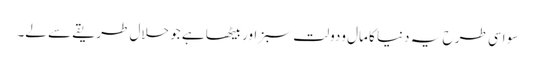
سو اسی طر ح یہ دنیا کا مال ودولت سبز اور بیٹھا ہے جو حلال طریقے سے لے۔